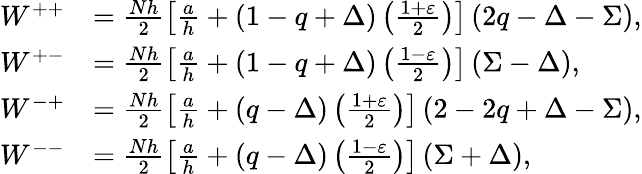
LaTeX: \begin{array}{rl}{W^{++}}&{=\frac{Nh}{2}\left[\frac{a}{h}+\left(1-q+\Delta\right)\left(\frac{1+\varepsilon}{2}\right)\right]\left(2q-\Delta-\Sigma\right),}\\ {W^{+-}}&{=\frac{Nh}{2}\left[\frac{a}{h}+\left(1-q+\Delta\right)\left(\frac{1-\varepsilon}{2}\right)\right]\left(\Sigma-\Delta\right),}\\ {W^{-+}}&{=\frac{Nh}{2}\left[\frac{a}{h}+\left(q-\Delta\right)\left(\frac{1+\varepsilon}{2}\right)\right]\left(2-2q+\Delta-\Sigma\right),}\\ {W^{--}}&{=\frac{Nh}{2}\left[\frac{a}{h}+\left(q-\Delta\right)\left(\frac{1-\varepsilon}{2}\right)\right]\left(\Sigma+\Delta\right),}\end{array}